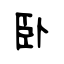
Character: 卧